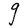
Character: g